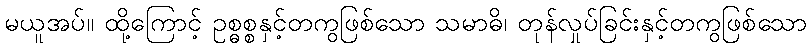
မယူအပ်။ ထို့ကြောင့် ဥစ္ဓစ္စနှင့်တကွဖြစ်သော သမာဓိ၊ တုန်လှုပ်ခြင်းနှင့်တကွဖြစ်သော